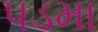
પડમા